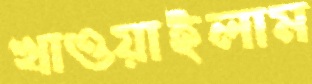
খাওয়াইলাম